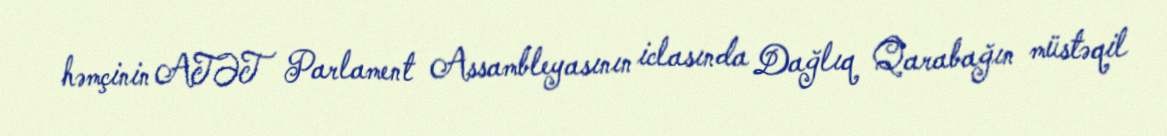
həmçinin ATƏT Parlament Assambleyasının iclasında Dağlıq Qarabağın müstəqil